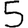
Digit: 5